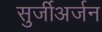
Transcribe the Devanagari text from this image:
सुर्जीअर्जन